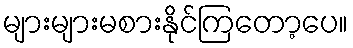
များများမစားနိုင်ကြတော့ပေ။